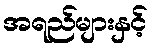
အရည်များနှင့်